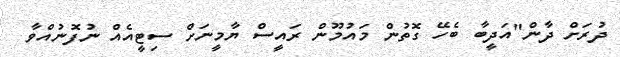
ދުރަށް ދާން"އަދީބާ ބެހޭ ގޮތުން މައުމޫން ރައީސް ޔާމީނަށް ސިޓީއެއް ނުފޮނުއްވާ